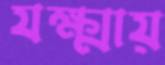
যক্ষ্মায়